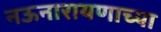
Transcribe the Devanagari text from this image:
नऊनारायणाच्या